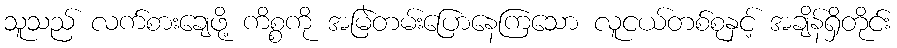
သူသည် လက်စားချေဖို့ ကိစ္စကို အမြဲတမ်းပြောနေကြသော လူငယ်တစ်စုနှင့် အချိန်ရှိတိုင်း